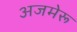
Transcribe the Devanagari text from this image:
अजमेरू